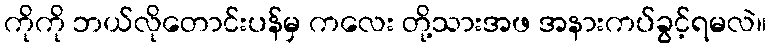
ကိုကို ဘယ်လိုတောင်းပန်မှ ကလေး တို့သားအဖ အနားကပ်ခွင့်ရမလဲ။